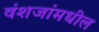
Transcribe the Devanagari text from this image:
वंशजांमधील